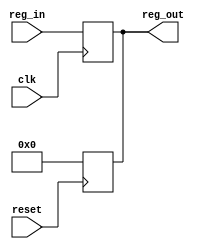
module REGn(reg_out, clk, reset, reg_in);
  parameter RegLen = 63;
  output [RegLen:0] reg_out;
  input clk;
  input reset;
  input [RegLen:0] reg_in;
  reg [RegLen:0] reg_val;
  assign reg_out = reg_val;
  always @(posedge clk)
  begin
    reg_val <= reg_in;
  end
  always @(posedge reset)
  begin
    reg_val = 'b0;
  end
endmodule